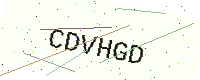
Text: CDVHGD